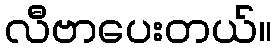
လီဗာပေးတယ်။